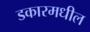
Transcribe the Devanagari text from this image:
डकारमधील